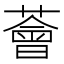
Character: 薈